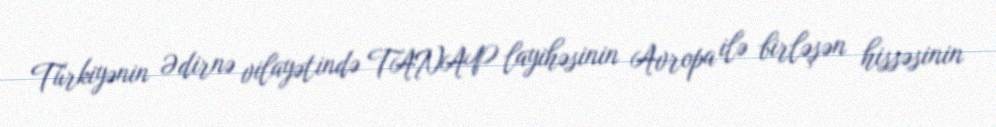
Türkiyənin Ədirnə vilayətində TANAP layihəsinin Avropa ilə birləşən hissəsinin